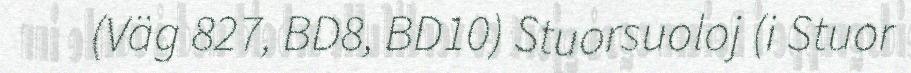
(Väg 827, BD8, BD10) Stuorsuoloj (i Stuor